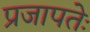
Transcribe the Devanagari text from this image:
प्रजापतेः